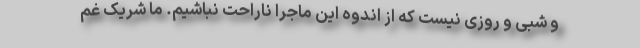
و شبی و روزی نیست که از اندوه این ماجرا ناراحت نباشیم. ما شریک غم